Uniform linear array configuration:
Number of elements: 64
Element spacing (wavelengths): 0.75
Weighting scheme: uniform
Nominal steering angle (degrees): -30
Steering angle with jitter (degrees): -31.03
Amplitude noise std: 0.05
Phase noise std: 0.05

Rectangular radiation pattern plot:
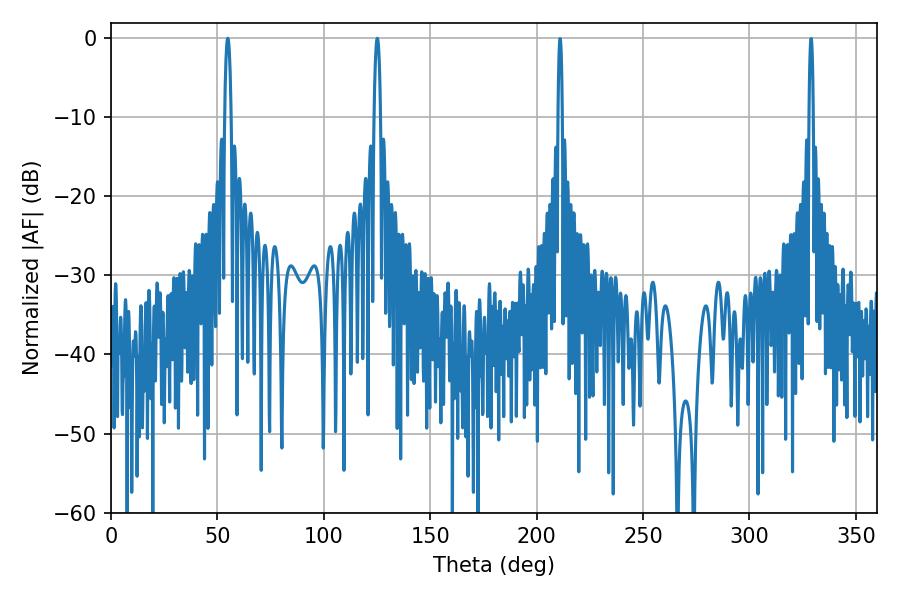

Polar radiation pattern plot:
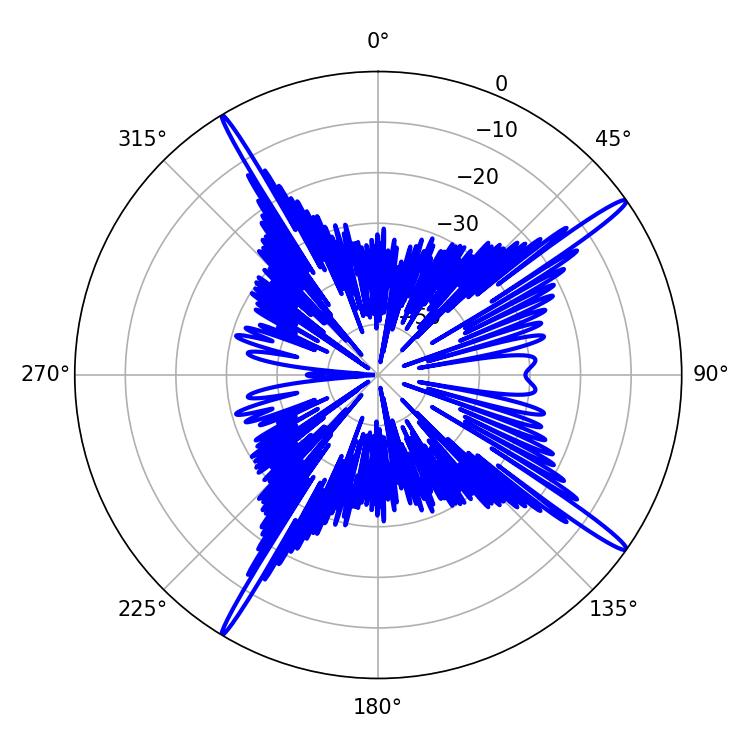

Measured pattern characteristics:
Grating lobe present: TRUE
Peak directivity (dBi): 17.677
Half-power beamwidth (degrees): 1.8
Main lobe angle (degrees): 54.9